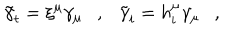
\tilde { \gamma } _ { t } = \xi ^ { \mu } \gamma _ { \mu } , \tilde { \gamma } _ { i } = h _ { i } ^ { \mu } \gamma _ { \mu } ,